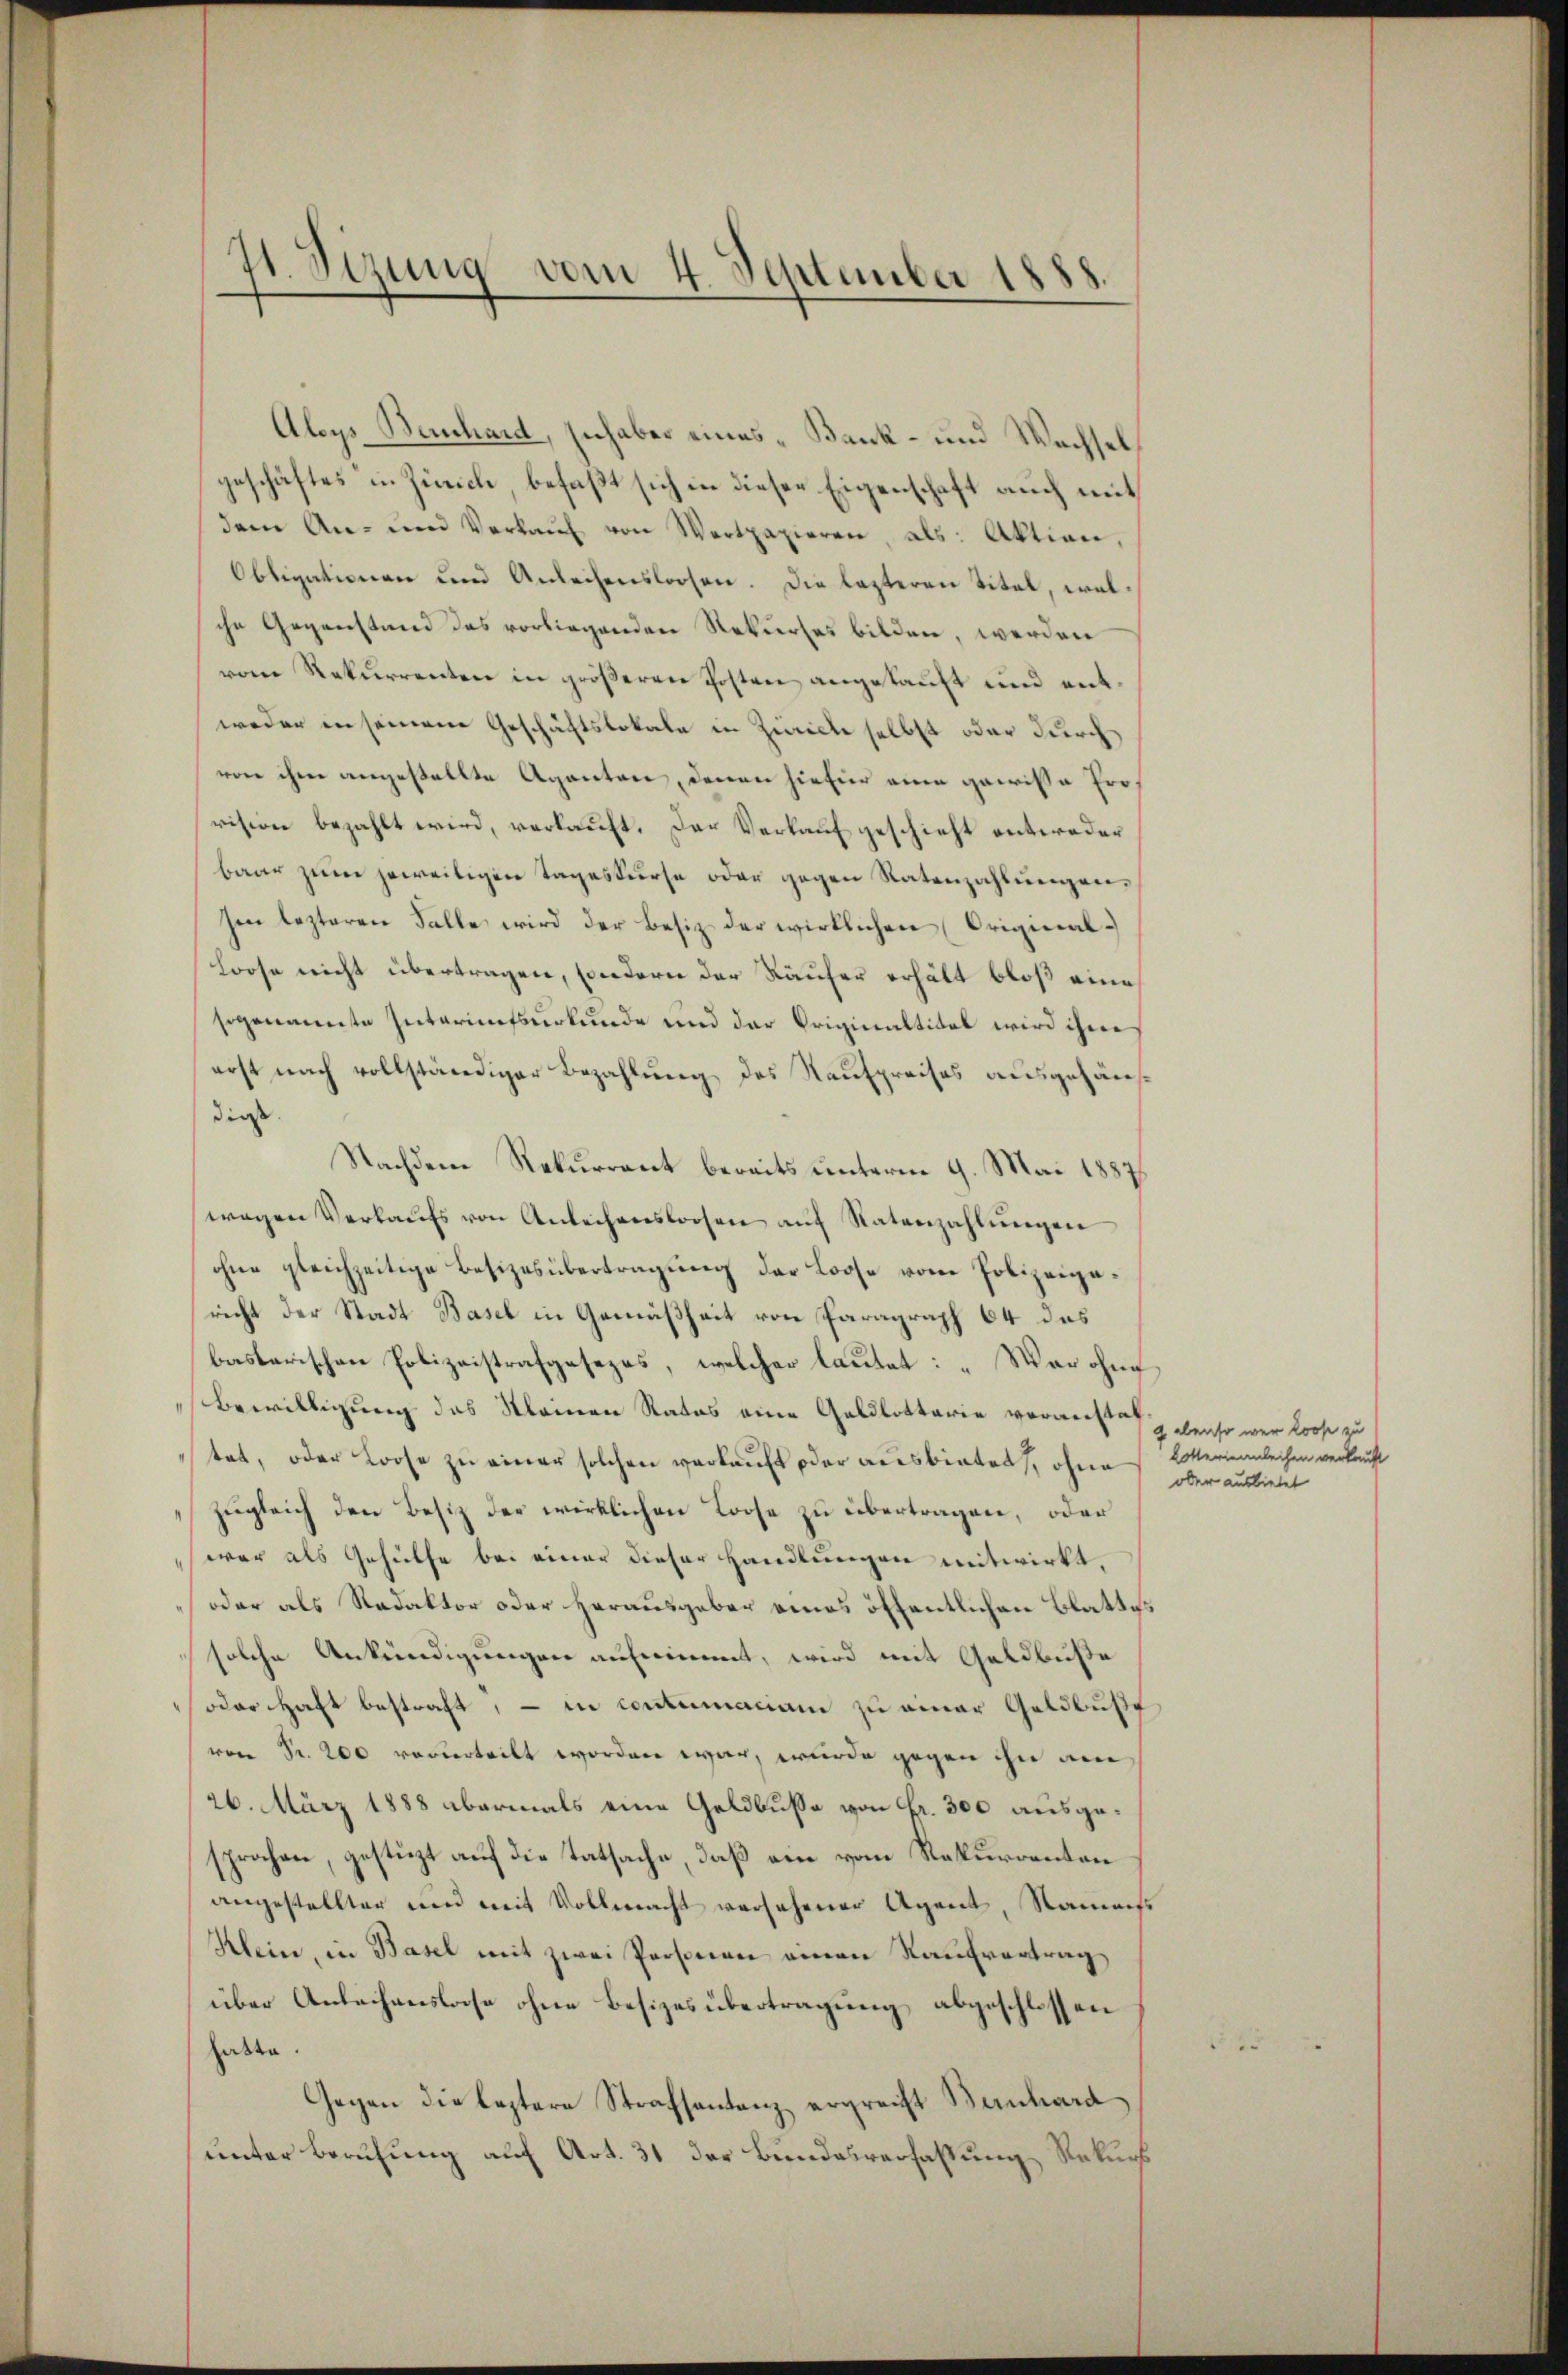
41. Sezung vom 4. September 1888.

Alys Bernhard, sich aber eines Bank- und Wechsel
geschäftes in Zürich befaßt sich in dieser Eigenschaft auch mit
dem An- und Verkaŭf von Wertpapieren, als: Aktion,
Obligationen und Anleihenslosen. Die lezteren Titel, welche Gegenstand das vorliegenden Rekurses bilden, werden
vom Rekurrenten in gröβeren Posten angekaŭft und entweder in seinem Geschäftslokale in Zürich selbst oder durch
von ihm angestellte Agenten, denen hiefür eine gewisse Provision bezahlt wird, verkauft. Der Verkauf geschieht entweder
baar zŭm jeweiligen Tageskurse oder gegen Ratenzahlŭngen,
hen lezteren Falle wird der Besitz der wirklichen Original¬
Loose nicht übertragen, sondern der Käufer erhält bloß eine
sogenannte Interinetsurkunde und der Originaltitel wird ihne
erst nach vollständiger Bezahlung des Raufpreises ausgehäusdies
Nachdem Rekurrent bereits unterm 9. Mai 1887
wegen Verkaŭfs von Anleihensloosen aŭf Ratenzahlŭngen
ohne gleichzeitige Besizesübertragung der Loose vom Polizeigericht der Stadt Basel in Gemäßheit von Paragraph 64 des
bastarischen Polizeistrafgesezes, welcher lautet: „War ohne
Bewilligung des Momen Rates eine Geldlottarie voranstaf
tet, oder Loose zu einer solchen verkauft oder ausbietet, ohne
zugleich den Besitz der wirklichen Loose zu übertragen, oder
war als Gehülfe bei einer dieser Handlungen mitwirkt.
oder als Redaktor oder herausgeber eines öffentlichen Blattes
solche Ankündigungen aufnimmt, wird mit Geldbuße
oder Haft bestraft, – in contumaciam zu einer Geldbuße
von Fr. 200 vorderteilt worden war, wurde gegen ihn am
26. März 1888 abermals eine Geldbusse von Fr. 300 ausgesprochen, gestüzt auf die Tatsache, daß ein vom Rekurrenten
angestellter und mit Vollmacht versehener Agent, Naments
Klein, in Basel mit zwei Personen einen Kaufvertrag,
über Anleihenslose ohne Besizes übertragŭng abgeschlossen
hatte.
Gegen die leztere Strafsantenz ergreift Bernhard
unter Berufung auf Art. 31 der Bundesverfassung Rekurs

ebenso war Loose zu
Lotteriennleihen verkauft
ober ausbietet